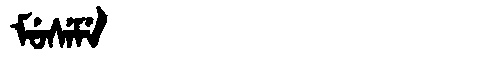
Manchu: ᠮᡠᠰᡝᠮᡝ
Romanization: MUSEME